Medical and sanitary report of the native army of Bengal for the year
Year: 1878
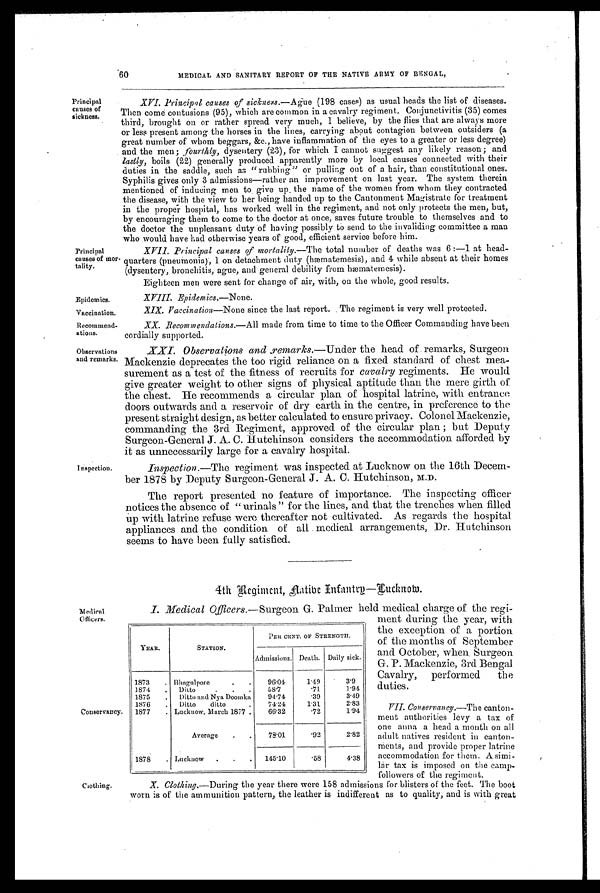
60
MEDICAL AND SANITARY REPORT OF THE NATIVE ARMY OF BENGAL,
Principal
causes of
sickness.
Principal
causes of mor
tality.
Epidemics.
Vaccination.
Recommend-
ations.
Observations
and remarks.
Inspection.
Medical
Officers.
Conservancy.
Clothing.
XVI. Principal causes of sickness. —Ague (198 cases) as usual heads the list of diseases.
Then come contusions (95), which are common in a cavalry regiment. Conjunctivitis (35) comes
third, brought on or rather spread very much, I believe, by the flies that are always more
or less present among the horses in the lines, carrying about contagion between outsiders (a
great number of whom beggars, &c., have inflammation of the eyes to a greater or less degree)
and the men ;f o u r t h l y
d y s e n t e r y ( 2 3 ) , f o r w h i c h I c a n n o t s u g g e s t a n y l i k e l y r e a s o n ; a n d
lastly, boils (22) generally produced apparently more by local causes connected with their
duties in the saddle, such as "rubbing " or pulling out of a hair, than constitutional ones.
Syphilis gives only 3 admissions—rather an improvement on last year. The system therein
mentioned of inducing men to, give up. the name of the women from whom they contracted
the disease, with the view to her being handed up to the Cantonment Magistrate for treatment
in the proper hospital, has worked well in the regiment, and not only protects the men, but,
by encouraging them to come to the doctor at once, saves future trouble to themselves and to
the doctor the unpleasant duty of having possibly to send to the invaliding committee a man
who would have had otherwise years of good, efficient service before him.
XVII. Principal, causes of mortality. —The total number of deaths was 6:—1 at head-
quarters (pneumonia), I on detachment duty (hæmatemesis), and while absent at their homes
(dysentery, bronchitis, ague, and general debility from hæmatemesis).
Eighteen men were sent for change of air, with, on the whole, good results.
XVIII. Epidemics. —Non e.
X I X . V a c c i n a t i o n
— N o n e
s i n c e t h e l a s t r e p o r t . T h e r e g i m e n t i s v e r y w e l l p r o t e c t e d .
XX. Recommendations. —All made from time to time to the Officer Commanding have been
cordially supported.
XXI. Observations and remarks. —Under the head of remarks, Surgeon
Mackenzie deprecates the too rigid reliance on a fixed standard of chest mea-
surement as a test of the fitness of recruits for cavalry regiments. He would
give greater weight to other signs of physical aptitude than the mere girth of
the chest. He recommends a circular plan of hospital latrine, with entrance
doors outwards and a reservoir of dry earth in the centre, in preference to the
present straight design, as better calculated to ensure privacy. Colonel Mackenzie,
commanding the 3rd Regiment, approved of the circular plan ; but Deputy
Surgeon-General J. A. C. Hutchinson considers the accommodation afforded by
it as unnecessarily large for a cavalry hospital.
Inspection.—The regiment was inspected at Lucknow on the 16th Decem-
ber 1878 by Deputy Surgeon-General J. A. C. Hutchinson, M.D.
The report presented no feature of importance. The inspecting officer
notices the absence of " urinals " for the lines, and that the trenches when filled
up with latrine refuse were thereafter not cultivated. As regards the hospital
appliances and the condition of all medical arrangements, Dr. Hutchinson
seems to have been fully satisfied.
4th Regiment, Native Infantry—Lucknow.
I. Medical Officers. —Surgeon G. Palmer held medical charge of the regi-
ment during the year, with
the exception of a portion
of the months of September
and October, when. Surgeon
G. P. Mackenzie, 3rd Bengal
Cavalry, performed the
duties.
VII. Conservancy.—The canton-
ment authorities levy a tax of
one anna a head a month on all
adult natives resident in canton-
m e n t s , a n d p r o v i d e p r o p e r l a t r i n e
accommodation for them. A simi-
lar tax is imposed on the camp-
followers of the regiment.
X . C l o t h i n g .
—During the year there were 158 admissions for blisters of the feet. The boot
worn is of the ammunition pattern, the leather is indifferent as to quality, and is with great
YEAR.
STATION.
PER CENT. Or STRENGTH.
Admissions. Death. Daily sick.
1873
. Bhagulpore
. .
96.04
1.49
3.9
1874
.
Ditto
.
.
.
58.7
.71
1.94
1875
.
Ditto and Nya Doomka
94.74
.39
3.49
1876
.
Ditto
ditto
.
74.24
1.31
2.83
1877
. Lucknow, March 1877.
66.32
.72
1.94
Average
.
.
78.01
.92
2.82
1878
. Lucknow
.
.
.
145.10
.58
4.38